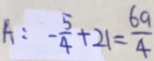
A : - \frac { 5 } { 4 } + 2 1 = \frac { 6 9 } { 4 }